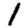
Digit: 1